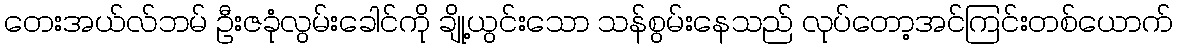
တေးအယ်လ်ဘမ် ဦးဇခုံလွမ်းခေါင်ကို ချို့ယွင်းသော သန်စွမ်းနေသည် လုပ်တော့အင်ကြင်းတစ်ယောက်